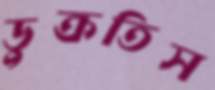
ডুক্‌রতিস